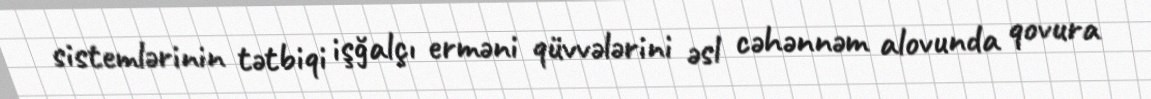
sistemlərinin tətbiqi işğalçı erməni qüvvələrini əsl cəhənnəm alovunda qovura